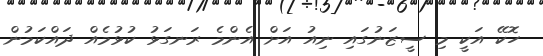
ހޮކޭ އަކީ މި ސީޒަނުގައި ނިއު އަށް އެންމެ ރަނގަޅު ކުޅުމެއް ދައްކަމުން